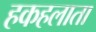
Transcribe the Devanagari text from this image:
हकहलाता